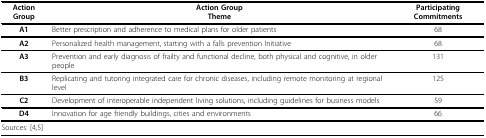
<table><thead><tr><td><b>Action Group</b></td><td><b>Action GroupTheme</b></td><td><b>Participating Commitments</b></td></tr></thead><tbody><tr><td><b>A1</b></td><td>Better prescription and adherence to medical plans for older patients</td><td>68</td></tr><tr><td><b>A2</b></td><td>Personalized health management, starting with a falls prevention Initiative</td><td>68</td></tr><tr><td><b>A3</b></td><td>Prevention and early diagnosis of frailty and functional decline, both physical and cognitive, in older people</td><td>131</td></tr><tr><td><b>B3</b></td><td>Replicating and tutoring integrated care for chronic diseases, including remote monitoring at regional level</td><td>125</td></tr><tr><td><b>C2</b></td><td>Development of interoperable independent living solutions, including guidelines for business models</td><td>59</td></tr><tr><td><b>D4</b></td><td>Innovation for age friendly buildings, cities and environments</td><td>66</td></tr><tr><td colspan="3">Sources: [4,5]</td></tr></tbody></table>